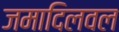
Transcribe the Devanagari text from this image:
जमादिलवल